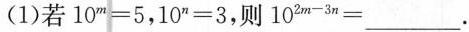
(1)若 $$10^{m} = 5$$，$$10^{n} = 3$$，则$$10^{2m - 2n}$$ = ___.